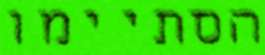
הסתיימו